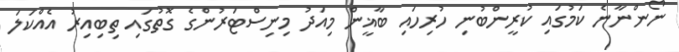
ނޯންނާނެ ކަމުގައި ކުރީންބުނި ހުރިހައި ބާޣީން މިއަދު މިނިސްޓަރުންގެ ގޮތުގައި ތިބިއިރު އެއްކަލަ